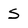
Character: s